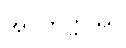
အဝိတက္ကဿ